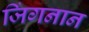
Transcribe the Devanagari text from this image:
जिंगनान